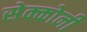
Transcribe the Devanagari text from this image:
सेक्कोनी